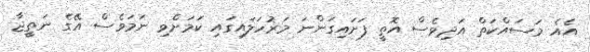
އެއެ މަސައްކަތް އަދިވެސް އޮތީ ފަށައިގަންނަ މަރުހަލައިގައި ކަމަށްވި ނަމަވެސް އޭގެ ނަތީޖާ